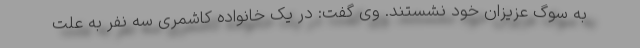
به سوگ عزیزان خود نشستند. وی گفت: در یک خانواده کاشمری سه نفر به علت